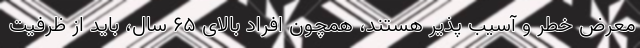
معرض خطر و آسیب پذیر هستند، همچون افراد بالای 65 سال، باید از ظرفیت